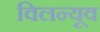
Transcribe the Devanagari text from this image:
विलन्यूव